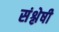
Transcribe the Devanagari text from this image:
संश्लेषी